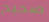
صحيح